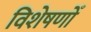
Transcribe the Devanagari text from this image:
विशेषणोँ